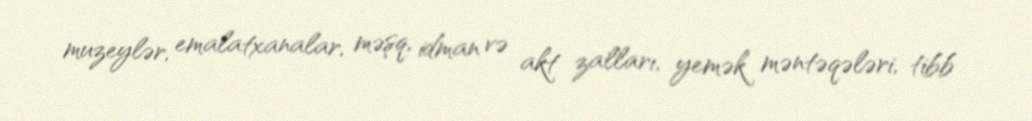
muzeylər, emalatxanalar, məşq, idman və akt zalları, yemək məntəqələri, tibb